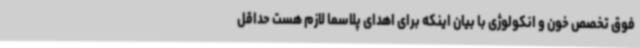
فوق تخصص خون و انکولوژی با بیان اینکه برای اهدای پلاسما لازم هست حداقل